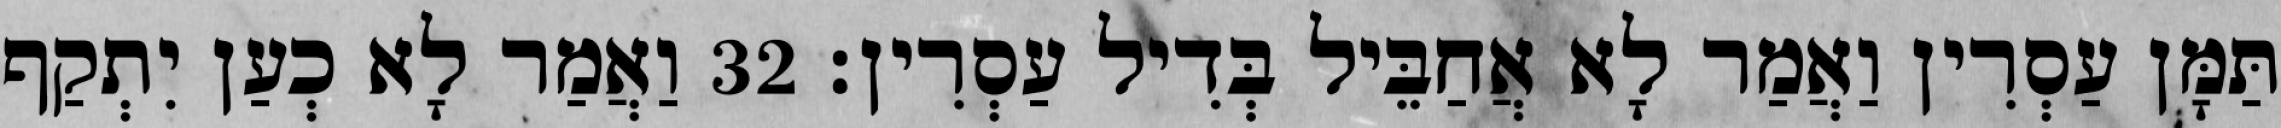
תַּמָּן עַסְרִין וַאֲמַר לָא אֲחַבֵּיל בְּדִיל עַסְרִין׃ 32 וַאֲמַר לָא כְעַן יִתְקַף